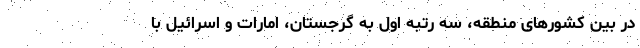
در بین کشورهای منطقه، سه رتبه اول به گرجستان، امارات و اسرائیل با